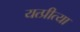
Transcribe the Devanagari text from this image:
यत्प्रीत्या